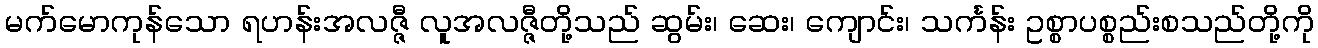
မက်မောကုန်သော ရဟန်းအလဇ္ဇီ လူအလဇ္ဇီတို့သည် ဆွမ်း၊ ဆေး၊ ကျောင်း၊ သင်္ကန်း ဥစ္စာပစ္စည်းစသည်တို့ကို